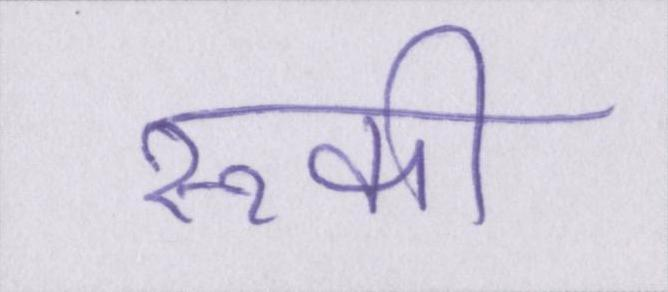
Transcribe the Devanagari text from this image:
रूकी